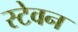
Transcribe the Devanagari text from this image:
स्टेवन